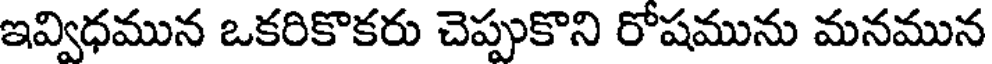
ఇవ్విధమున ఒకరికొకరు చెప్పుకొని రోషమును మనమున